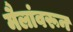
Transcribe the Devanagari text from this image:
मैलांवरून